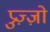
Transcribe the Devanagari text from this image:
प्रुज़्ज़ो